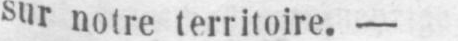
surnotre territoire. -